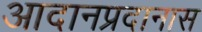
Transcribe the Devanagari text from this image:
आदानप्रदानास